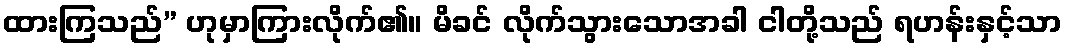
ထားကြသည်” ဟုမှာကြားလိုက်၏။ မိခင် လိုက်သွားသောအခါ ငါတို့သည် ရဟန်းနှင့်သာ